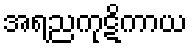
အရညကုဋိကာယ